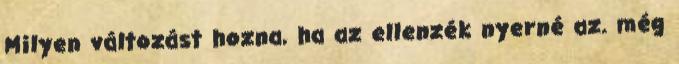
Milyen változást hozna, ha az ellenzék nyerné az. még